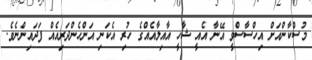
މުސްކާންއަށް އިހްސާސްވީ އޭނާ އެއީ ޝާހީ އާއިލާއެއްގެ ހުރި އެކަނި އަންހެންދަރިއެއް ފަދައިންނެވެ.